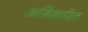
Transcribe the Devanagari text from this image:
अभिसारित